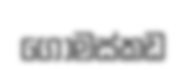
ගොමස්කඩ